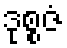
ဒုစ္စဇံ